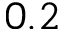
0 . 2